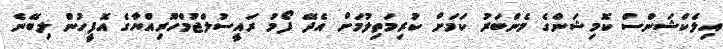
އިލެކްޝަންސް ކޮމިޝަންގެ މެންބަރު ކަމަށް ކުރިމަތިލުމަށް އެދޭ ފޯމު ރައީސުލްޖުމްހޫރިއްޔާގެ އޮފީހުން ލިބޭނެ